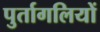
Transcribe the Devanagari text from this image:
पुर्तागलियों